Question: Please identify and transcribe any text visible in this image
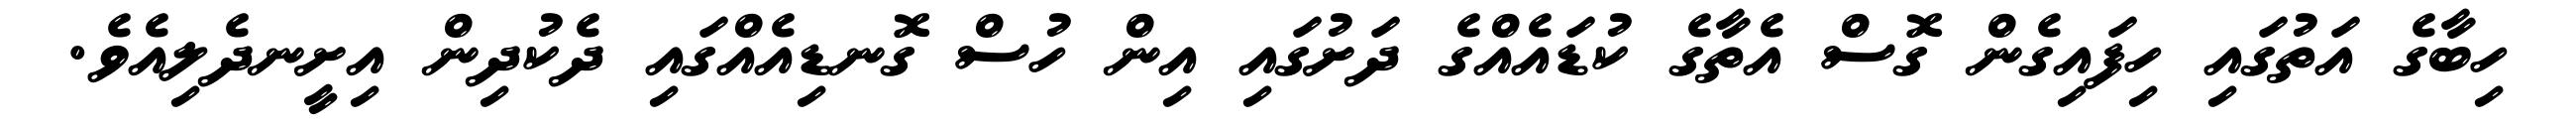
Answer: ހިބާގެ އަތުގައި ހިފައިގެން ގޮސް އެތާގެ ކުޑައެއްގެ ދަށުގައި އިން ހުސް ގޮނޑިއެއްގައި ދެކުދިން އިށީނދެލިއެވެ.